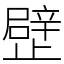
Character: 𣦢